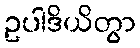
ဥပါဒိယိတွာ